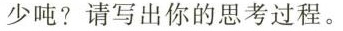
少吨?请写出你的思考过程。